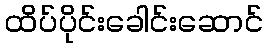
ထိပ်ပိုင်းခေါင်းဆောင်